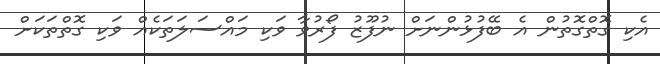
އެކި ގޮތްގޮތުން އެ ބޭފުޅުންނަށް ނުފޫޒު ފޯރުވާ ވަކި މައްސަލަތަކެއް ވަކި ގޮތްތަކަށް